Vaccination in Bombay 1869-1873 - 1869-1873
Year: 1869
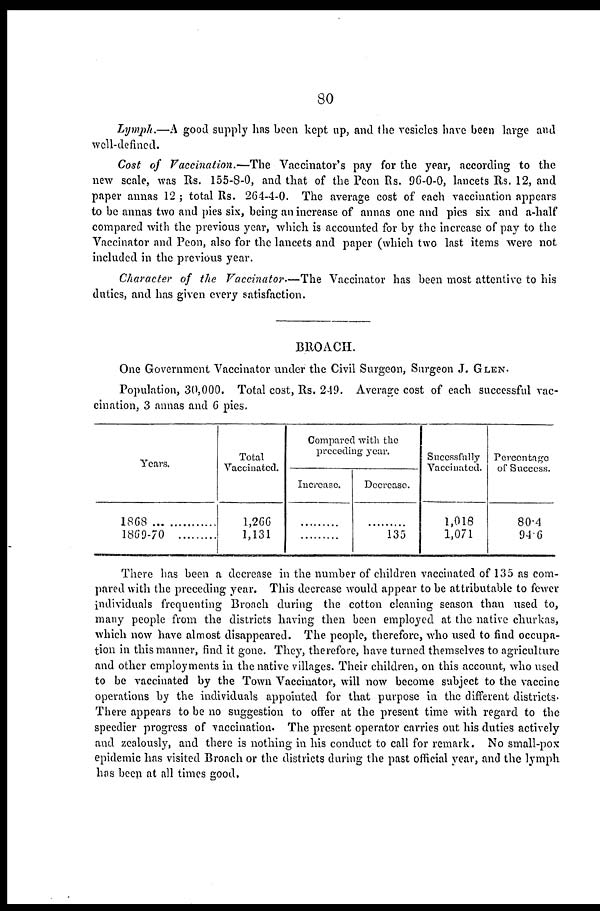
80
Lymph.—A good supply has been kept up, and the vesicles have been large and
well-defined.
Cost of Vaccination.—The
Vaccinator's pay for the year, according to the
new scale, was Rs. 155-8-0, and that of the Peon Rs. 96-0-0, lancets Rs. 12, and
paper annas 12 ; total Rs. 264-4-0. The average cost of each vaccination appears
to be annas two and pies six, being an increase of annas one and pies six and a-half
compared with the previous year, which is accounted for by the increase of pay to the
Vaccinator and Peon, also for the lancets and paper (which two last items were not
included in the previous year.
Character of the Vaccinator.—The Vaccinator has been most attentive to his
duties, and has given every satisfaction.
BROACH.
One Government Vaccinator under the Civil Surgeon, Surgeon J. GLEN.
Population, 30,000. Total cost, Rs. 249. Average cost of each successful vac-
cination, 3 annas and 6 pies.
Years.
1868
..................
1869-70.........
Total
Vaccinated.
1,266
1,131
Compared with the
preceding year.
Increase.
.........
.........
Decrease.
.........
135
Succssfully
Vaccinated.
1,018
1,071
Percentage
of Success.
80.4
94.6
There has been a decrease in the number of children vaccinated of 135 as com-
pared with the preceding year. This decrease would appear to be attributable to fewer
individuals frequenting Broach during the cotton cleaning season than used to,
many people from the districts having then been employed at the native churkas,
which now have almost disappeared. The people, therefore, who used to find occupa-
tion in this manner, find it gone. They, therefore, have turned themselves to agriculture
and other employments in the native villages. Their children, on this account, who used
to be vaccinated by the Town Vaccinator, will now become subject to the vaccine
operations by the individuals appointed for that purpose in the different districts.
There appears to be no suggestion to offer at the present time with regard to the
speedier progress of vaccination. The present operator carries out his duties actively
and zealously, and there is nothing in his conduct to call for remark. No small-pox
epidemic has visited Broach or the districts during the past official year, and the lymph
has been at all times good.